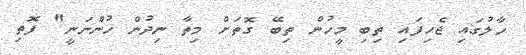
ހާލުގައި ޖެހިފައި ތިބި މީހުން ތިބޭ ގޮތަށް މިތާ ނިދުން ހުންނަނީ" ފޮތި